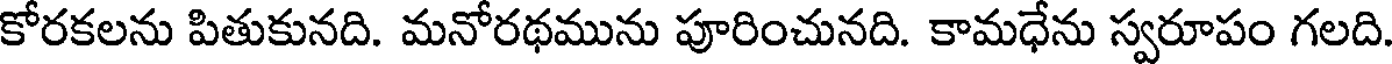
కోరకలను పితుకునది. మనోరథమును పూరించునది. కామధేను స్వరూపం గలది